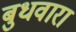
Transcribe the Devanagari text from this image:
बुधवारा